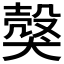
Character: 𤠼